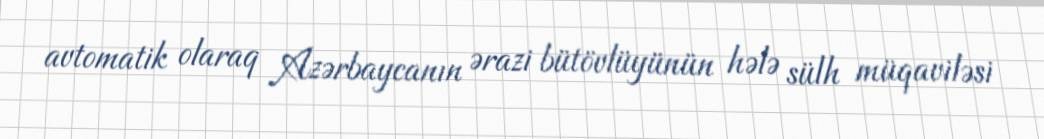
avtomatik olaraq Azərbaycanın ərazi bütövlüyünün hələ sülh müqaviləsi